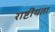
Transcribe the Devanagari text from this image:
राष्टींयता